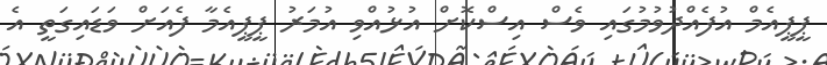
ޕީޕީއެމް އުފެއްދުވުމުގައި ވެސް އިސްކޮށް އުޅުއްވި އުމަރު ޕީޕީއެމާ ފެއަށް ވަޑައިގަތީ އެ